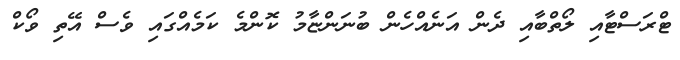
ޓްރަސްޓާއި ލޯތްބާއި ދެން އަނެއްހެން ބުނަންޏާމު ކޮންމެ ކަމެއްގައި ވެސް އޭތި ވޯކް